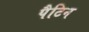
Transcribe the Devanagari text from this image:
पैटिन